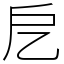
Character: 戹